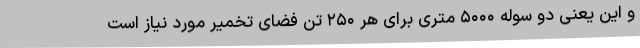
و این یعنی دو سوله ۵۰۰۰ متری برای هر ۲۵۰ تن فضای تخمیر مورد نیاز است